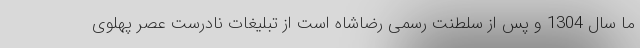
ما سال 1304 و پس از سلطنت رسمی رضاشاه است از تبلیغات نادرست عصر پهلوی